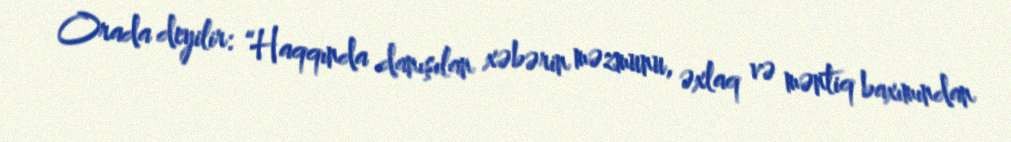
Orada deyilir: “Haqqında danışılan xəbərin məzmunu, əxlaq və məntiq baxımından